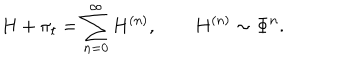
LaTeX: H + \pi _ { t } = \sum _ { n = 0 } ^ { \infty } H ^ { ( n ) } , \qquad H ^ { ( n ) } \sim \Phi ^ { n } .